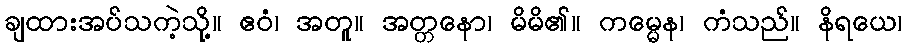
ချထားအပ်သကဲ့သို့။ ဧဝံ၊ အတူ။ အတ္တနော၊ မိမိ၏။ ကမ္မေန၊ ကံသည်။ နိရယေ၊